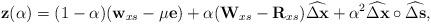
LaTeX: \begin{align*}\mathbf{z}(\alpha)=(1-\alpha)(\mathbf{w}_{xs}-\mu \mathbf{e}) + \alpha(\mathbf{W}_{xs}-\mathbf{R}_{xs})\widehat{\Delta \mathbf{x}} +\alpha^2 \widehat{\Delta \mathbf{x}} \circ \widehat{\Delta \mathbf{s}},\end{align*}